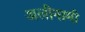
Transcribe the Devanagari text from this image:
अलीनामी